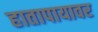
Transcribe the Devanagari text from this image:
हातापायावर